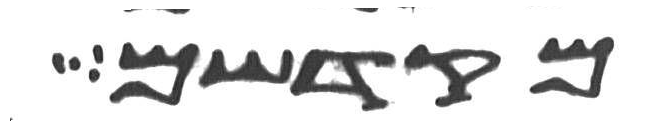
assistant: מקדשם